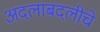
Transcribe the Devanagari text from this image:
अदलाबदलीचे